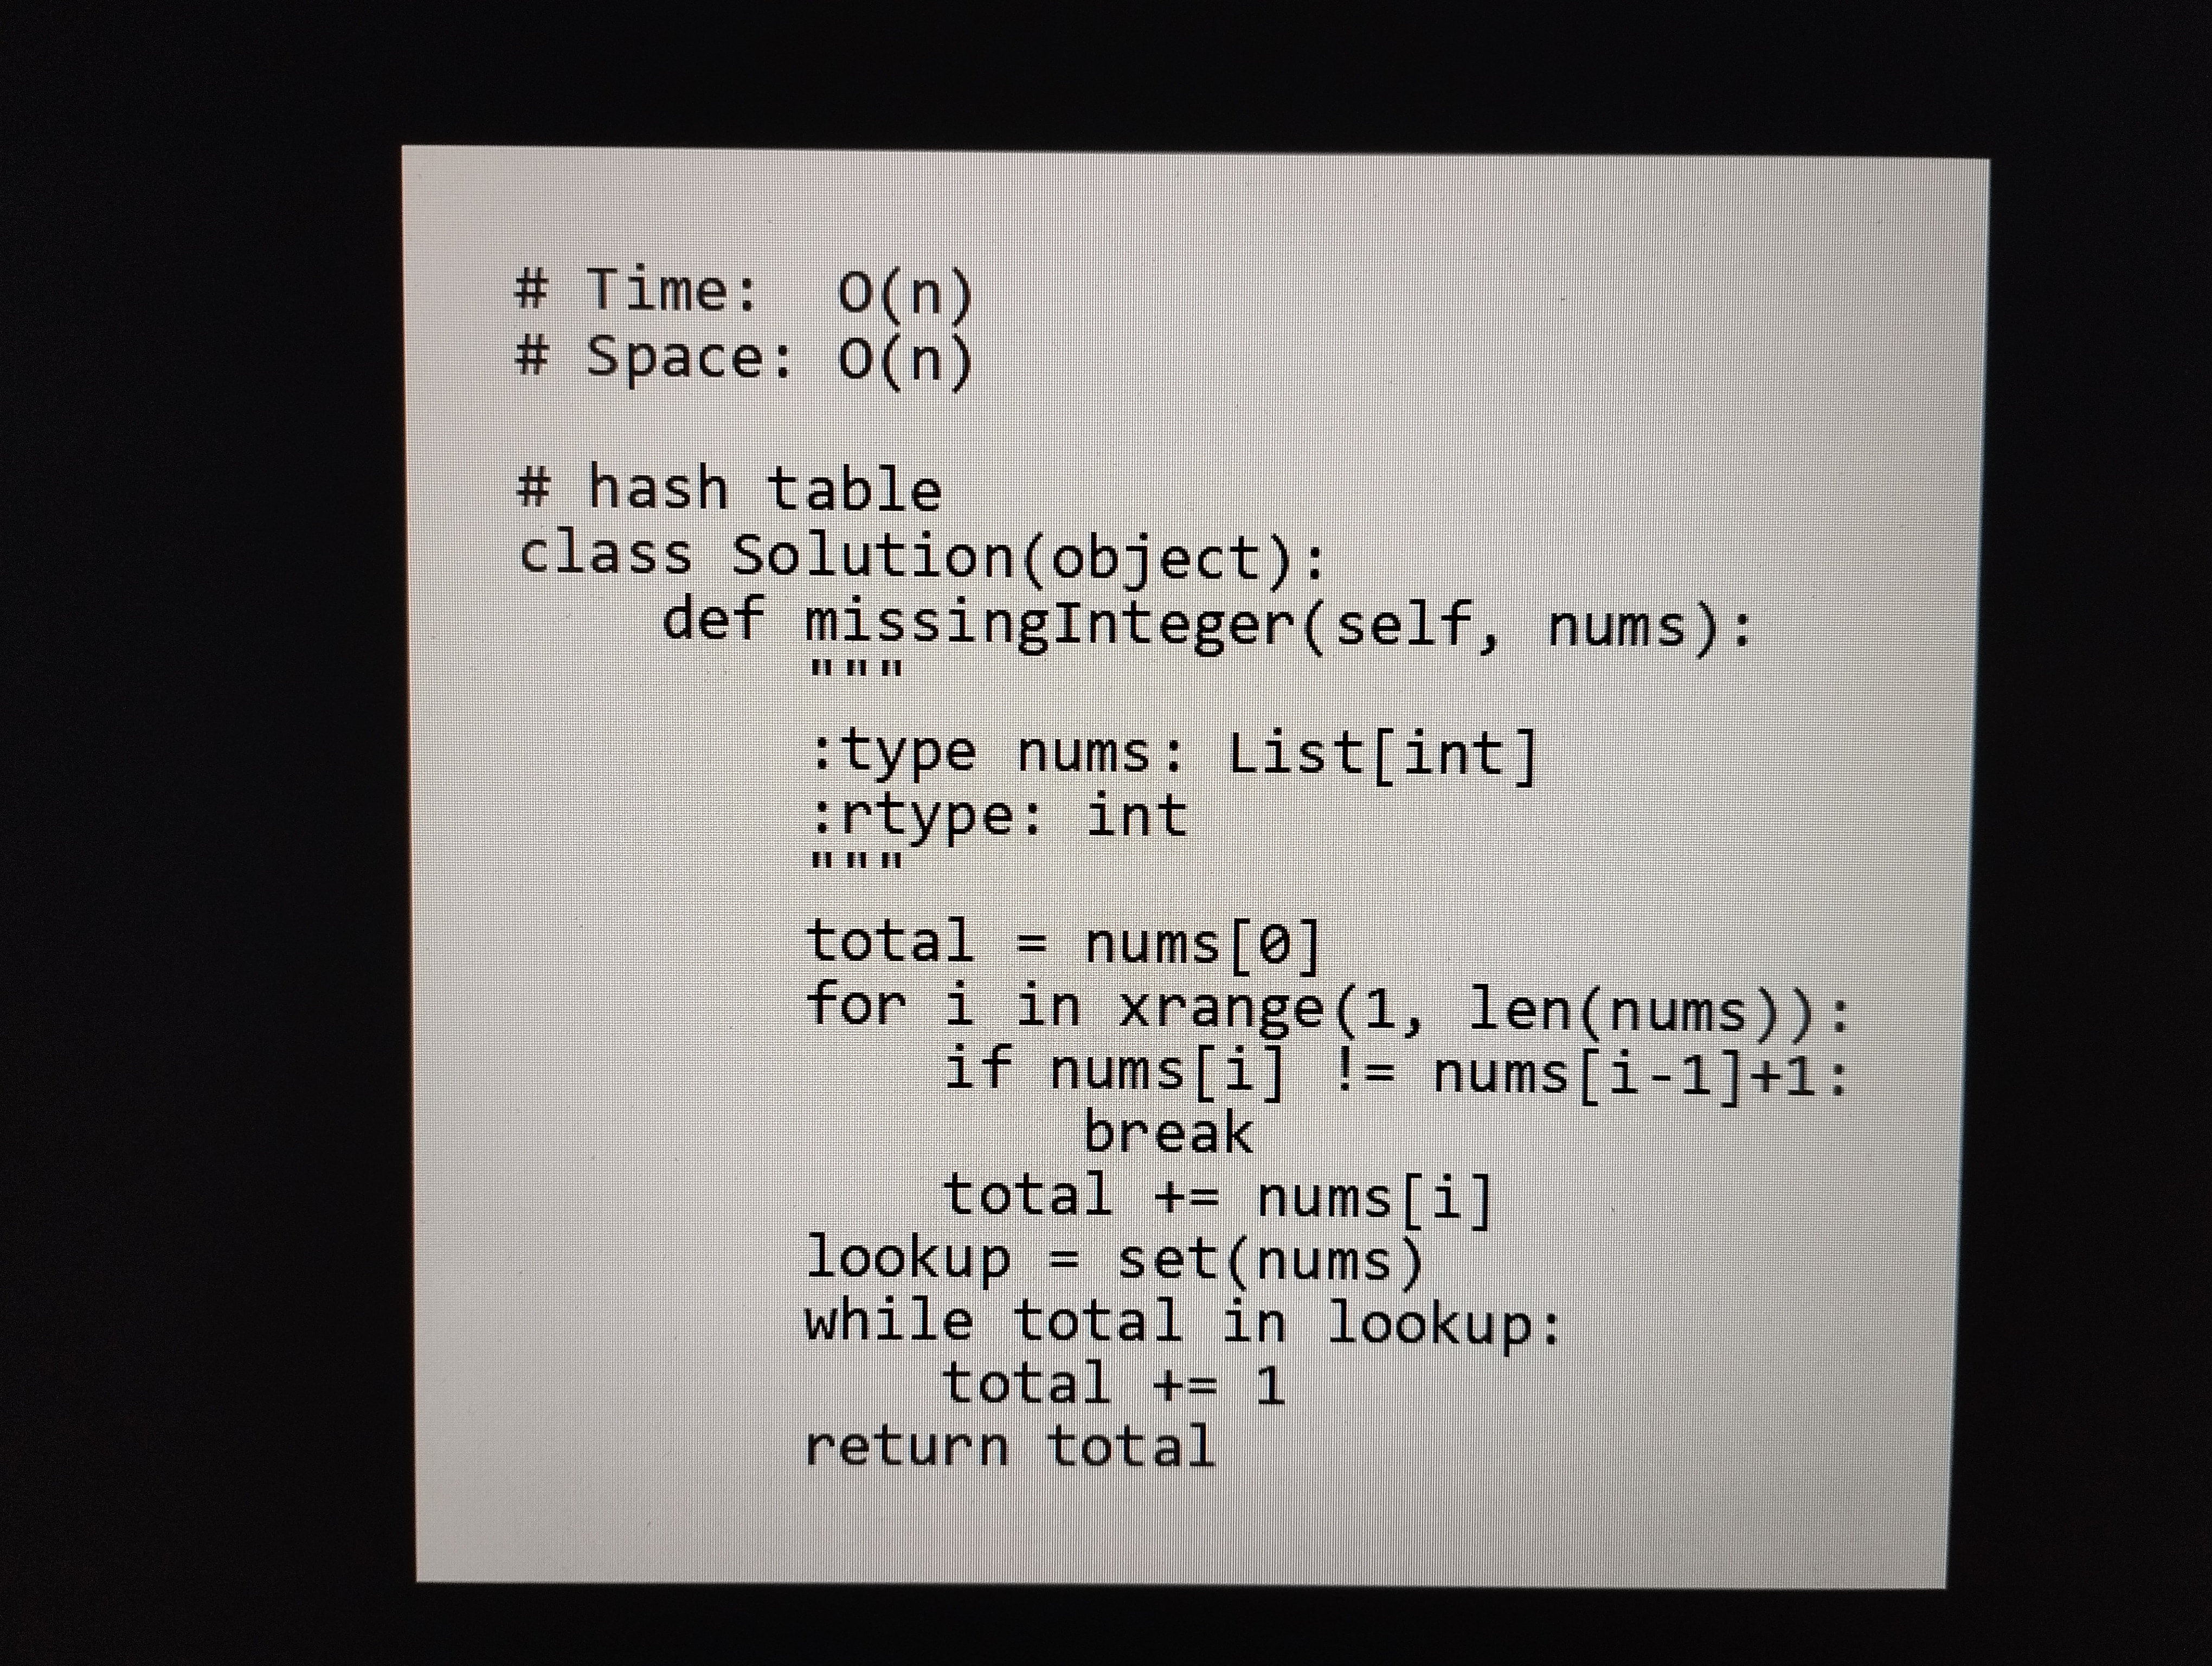
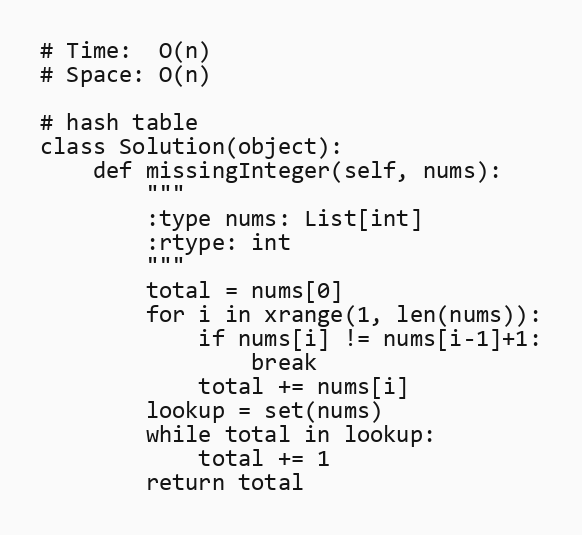
# Time:  O(n)
# Space: O(n)

# hash table
class Solution(object):
    def missingInteger(self, nums):
        """
        :type nums: List[int]
        :rtype: int
        """
        total = nums[0]
        for i in xrange(1, len(nums)):
            if nums[i] != nums[i-1]+1:
                break
            total += nums[i]
        lookup = set(nums)
        while total in lookup:
            total += 1
        return total